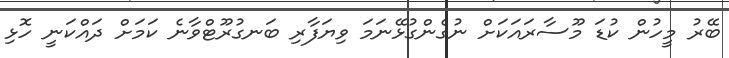
ބޭރު މީހުން ކުޑަ މޫސާރައަކަށް ނުގެންގުޅޭނަމަ ވިޔަފާރި ބަނގުރޫޓްވާނެ ކަމަށް ދައްކަނީ ހޮޅި